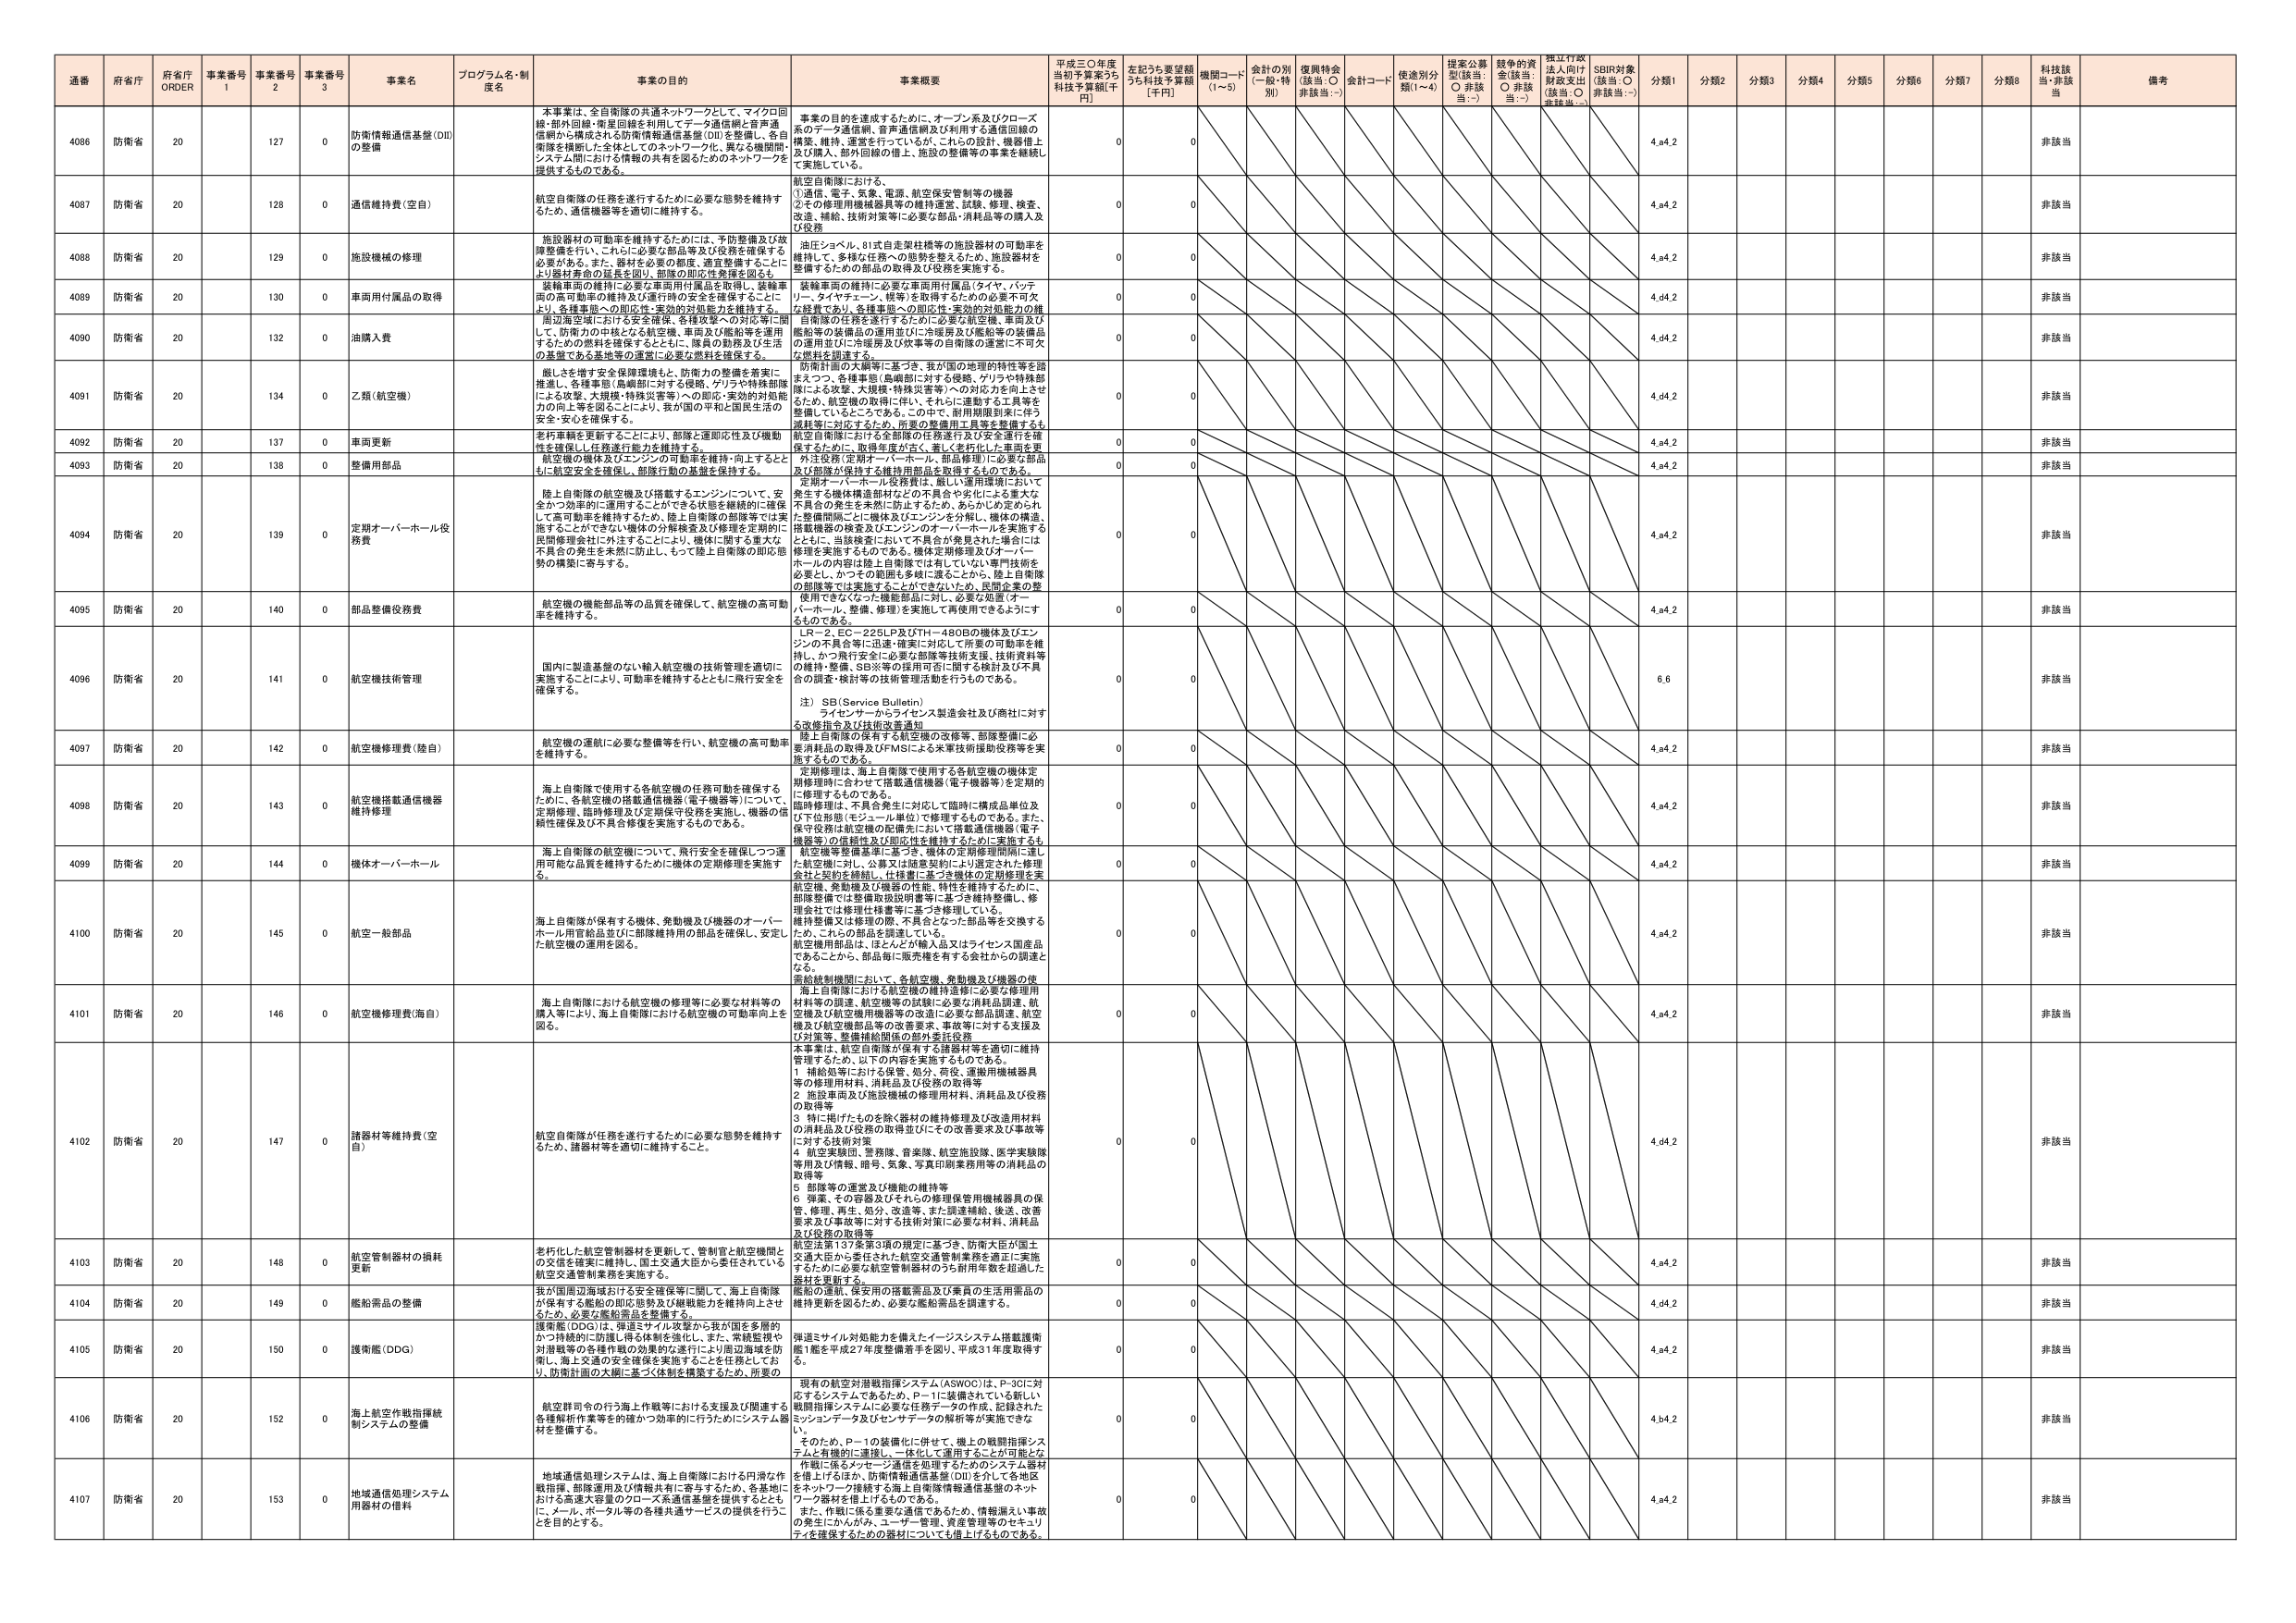
通番 府省庁 府省庁 ORDER 事業番号 1 事業番号 2 事業番号 3 事業名 プログラム名・制度名 事業の目的 事業概要 平成三〇年度当初予算案うち科技予算額[千円] 左記うち要望額うち科技予算額[千円] 機関コード(1～5) 会計の別(一般・特別) 復興特会(該当：○ 非該当：-) 会計コード 使途別分類(1～4) 提案公募型(該当：○ 非該当：-) 競争的資金(該当：○ 非該当：-) 採択行政法上向け財政支出(該当：○ 非該当：-) SBIR対象(該当：○ 非該当：-) 分類1 分類2 分類3 分類4 分類5 分類6 分類7 分類8 科技該当・非該当 備考

4086 防衛省 20 127 0 防衛情報通信基盤(DII)の整備 本事業は、全自衛隊の共通ネットワークとして、マイクロ回線・部外回線・衛星回線を利⽤してデータ通信網と⾳声通信網から構成される防衛情報通信基盤(DII)を整備し、各⾃衛隊を横断した全体としてのネットワーク化、異なる機関間・システム間における情報の共有を図るためのネットワークを提供するものである。 事業の⽬的を達成するために、オープン系及びクローズ系のデータ通信網、⾳声通信網及び利⽤する通信回線の構築、維持、運営等⾏っているが、これらの設計、機器構築及び購⼊、部外回線の借上、施設の整備等の事業を継続して実施している。 0 0 4.d4.2 非該当

4087 防衛省 20 128 0 通信機持費(空⾃) 航空⾃衛隊の任務を遂⾏するために必要な態勢を維持するため、通信機器等を適切に維持する。 航空⾃衛隊における。 ①通信、電⼦、気象、電源、航空保安管制等の機器 ②その修理⽤機械器具等の即応性、実効的対処能⼒の維持、改善、補給、技術対策等に必要な部品・消耗品等の購⼊及び役務 0 0 4.d4.2 非該当

4088 防衛省 20 129 0 施設機械の修理 施設器材の可動率を維持するためには、予防整備及び故障整備を⾏い、これに必要な部品等及び役務を確保する必要がある。また、器材を有する部隊、適宜整備するようにより強材寿命の延⻑を図り、部隊の即応性を確保を図るも 油圧ショベル、81式⾃⾛架柱機等の施設器材の可動率を維持して、多様な任務への態勢を整えるため、施設器材を整備するための部品の取得及び役務を実施する。 0 0 4.d4.2 非該当

4089 防衛省 20 130 0 車両⽤付属品の取得 装輪⾞両の維持に必要な⾞両⽤付属品を取得し、装輪⾞両の⾼可動率の維持及び運⾏時の安全を確保することにより、各種⾞両への即応性・実効的対処能⼒を維持する。 装輪⾞両の維持に必要な⾞両⽤付属品(タイヤ、バッテリー、タイヤチェーン、幌等)を取得するための必要不可⽋な経費であり、各種⾞両への即応性・実効的対処能⼒の維持 0 0 4.d4.2 非該当

4090 防衛省 20 132 0 油購⼊費 ⾼辺海空域における安全確保、各種攻撃への対応等に関して、防衛⼒の中核となる航空機、⾞両及び艦船等を運⽤するための燃料を確保するとともに、隊員の勤務及び⽣活の基盤である基地等の運営に必要な燃料を確保する。 ⾃衛隊の任務を遂⾏するために必要な航空機、⾞両及び艦船等の装備品の運⽤並びに冷暖房及び艦船等の装備品の運⽤並びに冷暖房及び炊事等の⾃衛隊の運営に不可⽋な燃料を調達する。 0 0 4.d4.2 非該当

4091 防衛省 20 134 0 乙類(航空機) 威⼒を増す安全保障環境と、防衛⼒の整備を着実に推進し、各種事態(島嶼部に対する侵略、ゲリラや特殊部隊による攻撃、⼤規模・特殊災害等)への即応・実効的対処能⼒の向上等を図ることにより、我が国の平和と国⺠⽣活の安全・安⼼を確保する。 防衛計画の⼤綱等に基づき、我が国の地理的特性等を踏まえつつ、各種事態(島嶼部に対する侵略、ゲリラや特殊部隊による攻撃、⼤規模・特殊災害等)への対応⼒を向上させるため、航空機の取得・伴い、それらに運動する⼯具等を整備していることである。この中で、防⽤期限到来に伴う減耗等に対応するため、所要の整備⽤⼯具等を整備するも 0 0 4.d4.2 非該当

4092 防衛省 20 137 0 ⾞両更新 老朽⾞輪を更新することにより、部隊と遠即応性及び機動性を確保し任務遂⾏能⼒を維持する。 航空⾃衛隊における全部隊の任務遂⾏及び安全運⾏を確保するために、取得年度が古く、著しく⽼朽化した⾞両を更新 0 0 4.d4.2 非該当

4093 防衛省 20 138 0 整備⽤部品 航空機の機体及びエンジンの可動率を維持・向上させることにより航空安全を確保し、部隊⾏動の基盤を保持する。 外注技術(定期オーバーホール、部品修理)に必要な部品及び部隊が保持する維持部品を取得するものである。 0 0 4.d4.2 非該当

4094 防衛省 20 139 0 定期オーバーホール役務費 陸上⾃衛隊の航空機及び搭載するエンジンについて、安全かつ効率的に運⽤することができる状態を継続的に確保して⾼可動率を維持するため、陸上⾃衛隊の部隊等では実施することができない特殊な分解検査及び修理を定期的に民間修理会社に外注することにより、機体に関する重⼤な不具合の発⽣を未然に防⽌し、もって陸上⾃衛隊の即応態勢の構築に寄与する。 定期オーバーホール役務費は、厳しい運⽤環境において、発⽣する機体構造部材などの不具合や劣化による重⼤な不具合の発⽣を未然に防⽌するため、あらかじめ定められた、整備期間に応じ機体及びエンジンを分解し、機体の構造、搭載機器の検査及びエンジンのオーバーホールを実施するとともに、当該検査において不具合が発⾒された場合には修理を実施するものである。機体定期修理及びオーバーホールの内容は陸上⾃衛隊では有していない専⾨技術を必要とし、かつその範囲も多岐に渡ることから、陸上⾃衛隊の部隊等では実施することができないため、⺠間企業の整備⽤できないなった機能部品に対し、必要な処置(オーバーホール、整備、修理)を実施して再使⽤できるようにするものである。 0 0 4.d4.2 非該当

4095 防衛省 20 140 0 部品整備役務費 航空機の機能部品等の品質を確保して、航空機の⾼可動率を維持する。 0 0 4.d4.2 非該当

4096 防衛省 20 141 0 航空機技術管理 国内に製造基盤のない輸⼊航空機の技術管理を適切に実施することにより、可動率を維持するとともに⾶⾏安全を確保する。 LR－2、EC－225LP及びTH－480Bの機体及びエンジンの不具合等に迅速・確実に対応して所要の可動率を維持し、かつ⾶⾏安全に必要な部隊等技術⽀援、技術資料等の維持・整備、SB※等の採⽤可否に関する検討及び不具合の調査・検討等の技術管理活動を⾏うものである。 注）SB(Service Bulletin) ライセンサーからライセンス製造会社及び商社に対する改修指⽰及び技術改善通知 0 0 6.6 非該当

4097 防衛省 20 142 0 航空機修理費(陸⾃) 航空機の速航に必要な整備等を⾏い、航空機の⾼可動率を維持する。 陸上⾃衛隊の保有する航空機の改修等、部隊整備に必要な消耗品の取得及びFMSによる⽶軍技術援助役務等を実施するものである。 0 0 4.d4.2 非該当

4098 防衛省 20 143 0 航空機搭載通信機器維持修理 海上⾃衛隊で使⽤する各航空機の任務可動を確保するために、各航空機の搭載通信機器(電⼦機器等)について、定期修理、臨時修理及び定期保守(改修を実施し、機器の信頼性確保及び⼾具の修復を実施するものである。 定期修理は、海上⾃衛隊で使⽤する各航空機の機体定期修理時に合わせて搭載通信機器(電⼦機器等)を定期的に修理するものである。 臨時修理は、不具合発⽣に対応して臨時に構成品単位及び下位形態(モジュール単位)で修理するものである。また、保守役務は航空機の配備先において搭載通信機器(電⼦機器等)の信頼性及び即応性を維持するために実施するも 0 0 4.d4.2 非該当

4099 防衛省 20 144 0 機体オーバーホール 海上⾃衛隊の航空機について、⾶⾏安全を確保しつつ運⽤可能な品質を維持するために機体の定期修理を実施する。 航空機等整備基準に基づき、機体の定期修理期間に達した航空機に対し、公募⼜は随意契約により選定された修理会社と契約を締結し、仕様書に基づき機体の定期修理を実施 0 0 4.d4.2 非該当

4100 防衛省 20 145 0 航空⼀般部品 海上⾃衛隊が保有する機体、発動機及び機器のオーバーホール⽤⾮給品並びに部隊維持⽤の部品を確保し、安定した航空機の運⽤を図る。 航空機、発動機及び機器の性能、特性を維持するために、部隊整備では整備取扱説明書等に基づき維持整備し、修理会社では修理仕様書等に基づき修理している。 維持整備又は修理の際、不具合となった部品等を交換するため、これらの部品を調達している。 航空機⽤部品は、ほとんどが輸⼊品⼜はライセンス国産品であることから、部品毎に販売権を有する会社からの調達となる。 0 0 4.d4.2 非該当

4101 防衛省 20 146 0 航空機修理費(海⾃) 海上⾃衛隊における航空機の修理等に必要な材料等の購⼊等により、海上⾃衛隊における航空機の可動率向上を図る。 搭載機械機関において、各航空機、発動機及び機器の使⽤海上⾃衛隊における航空機の維持運修に必要な修理⽤材料等の調達、航空機等の修理に必要な消耗品調達、航空機及び航空機⽤機器等の改造に必要な部品調達、航空機及び航空機部品等の改善要求、事故等に対する⽀援及び対策等、整備補給関係の部外委託役務 0 0 4.d4.2 非該当

4102 防衛省 20 147 0 諸器材等維持費(空⾃) 航空⾃衛隊が任務を遂⾏するために必要な態勢を維持するため、諸器材等を適切に維持すること。 本事業は、航空⾃衛隊が保有する諸器材等を適切に維持管理するため、以下の内容を実施するものである。 1 補給処等における保管、処分、荷役、運搬⽤機械器具等の修理⽤材料、消耗品及び役務の取得等 2 施設⾞両及び施設機械の修理⽤材料、消耗品及び役務の取得等 3 特に掲げたものを除く器材の維持修理及び改造⽤材料の消耗品及び役務の取得並びにその改善要求及び事故等に対する技術対策 4 航空実験団、警務隊、⾳楽隊、航空施設隊、医学実験隊等⽤及び情報、暗号、気象、写真印刷業務⽤等の消耗品の取得等 5 部隊等の運営及び機能の維持等 6 弾薬、その容器及びそれらの修理保管⽤機械器具の保管、修理、再⽣、処分、改造等、また調達補給、検査、改善要求及び事故等に対する技術対策に必要な材料、消耗品及び役務の取得等 航空法第137条第3項の規定に基づき、防衛⼤⾂が国⼟交通⼤⾂から委任された航空交通管制業務を適正に実施するために必要な航空管制器材のうち耐⽤年数を超過した器材を更新する。 0 0 4.d4.2 非該当

4103 防衛省 20 148 0 航空管制器材の損耗更新 老朽化した航空管制器材を更新して、管制官と航空機間との交信を確実に維持し、国⼟交通⼤⾂から委任されている航空交通管制業務を実施する。 0 0 4.d4.2 非該当

4104 防衛省 20 149 0 艦船需品の整備 我が国周辺海域おける安全確保等に関して、海上⾃衛隊が保有する艦船の即応態勢及び機械能⼒を維持向上させるため、必要な艦船需品を整備する。 艦船の運航、保安⽤の搭載需品及び乗員の⽣活⽤需品の維持更新を図るため、必要な艦船需品を調達する。 0 0 4.d4.2 非該当

4105 防衛省 20 150 0 護衛艦(DDG) 護衛艦(DDG)は、弾道ミサイル攻撃から我が国を多層的かつ持続的に防護し得る体制を強化し、また、常時監視や対潜戦等の各種作戦の効果的な遂⾏により周辺海域を防衛し、海上交通の安全確保を実施することを任務としており、防衛計画の⼤綱に基づく体制を構築するため、所要の 弾道ミサイル対処能⼒を備えたイージスシステム搭載護衛艦1艦を平成27年度整備着⼿を図り、平成31年度取得する。 0 0 4.d4.2 非該当

4106 防衛省 20 152 0 海上航空作戦指揮統制システムの整備 航空群司令の⾏う海上作戦等における⽀援及び関連する各種解析作業等を的確かつ効率的に行うためにシステム器材を整備する。 現在の航空対潜戦指揮システム(ASWOC)は、P-3Cに対応するシステムであるため、P-1に装備されている新しい戦闘指揮システムに必要な任務データの作成、記録されたセンシングデータ及びセンサデータの解析等が実施できない。 そのため、P-1の装備化に併せて、海上の戦闘指揮システムと有機的に連接し、一体化して運用することが可能となる 0 0 4.b4.2 非該当

4107 防衛省 20 153 0 地域通信処理システム⽤器材の増料 地域通信処理システムは、海上⾃衛隊における円滑な作戦指揮、部隊運⽤及び情報共有に寄与するため、各基地における⾼速⼤容量のクローズ系通信基盤を提供するとともに、メール、ポータル等の各種共通サービスの提供を行うことを⽬的とする。 作戦に係るメッセージ通信を処理するためのシステム器材を借上げるほか、防衛情報通信基盤(DII)を介して各地区をネットワーク接続する陸上⾃衛隊情報通信基盤のネットワーク器材を借上げるものである。 また、作戦に係る重要な通信であるため、情報漏洩し事故の発⽣にかんがみ、ユーザー管理、資産管理等のセキュリティを確保するための器材についても借上げるものである。 0 0 4.d4.2 非該当